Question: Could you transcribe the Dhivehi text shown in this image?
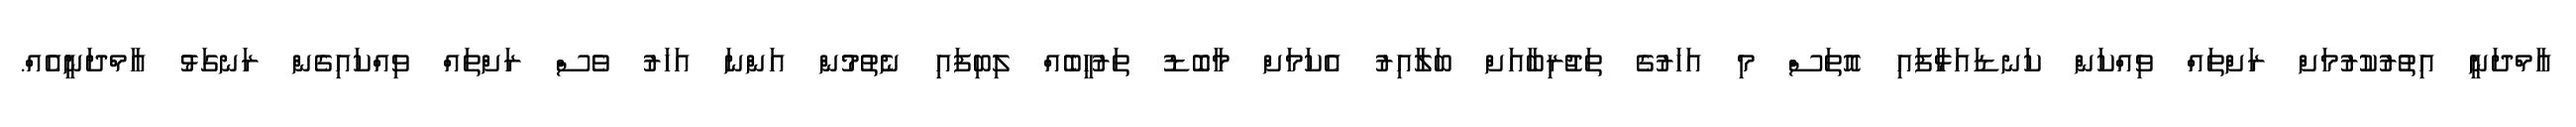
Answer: އާމްދަނީ އިތުރުކުރުމަށް ރަށްތައް ވިއްކަން ކަނޑައަޅާފައި އޮތަސް މި އަހަރުގެ ތަޖުރިބާއަށް ބަލާއިރު އެކަމަށް މާބޮޑު ތަރުހީބެއް ލިބިފައި ނެތުމުން އަންނަ އަހަރު ވެސް ރަށްތައް ވިއްކައިގެން ރަނގަޅު އާމްދަނީއެއް.